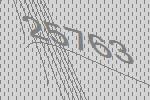
25763